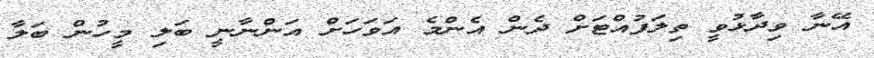
އޭނާ ވިދާޅުވީ ތިލަފުއްޓަށް ދެން އެންމެ އަވަހަށް އަންނާނީ ބަލި މީހުން ބަލާ